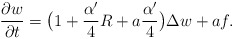
\begin{align*}\frac{\partial w}{\partial t}=\big(1+\frac{\alpha'}{4}R+a\frac{\alpha'}{4}\big)\Delta w+af.\end{align*}